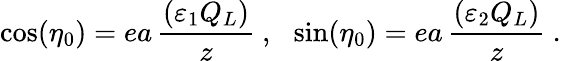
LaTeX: \cos(\eta_{0})=ea\, \frac{(\varepsilon_{1}Q_{L})}{z}\ ,\ \ \sin(\eta_{0})=ea\, \frac{(\varepsilon_{2}Q_{L})}{z}\ .